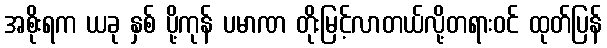
အစိုးရက ယခု နှစ် ပို့ကုန် ပမာဏ တိုးမြင့်လာတယ်လို့တရားဝင် ထုတ်ပြန်